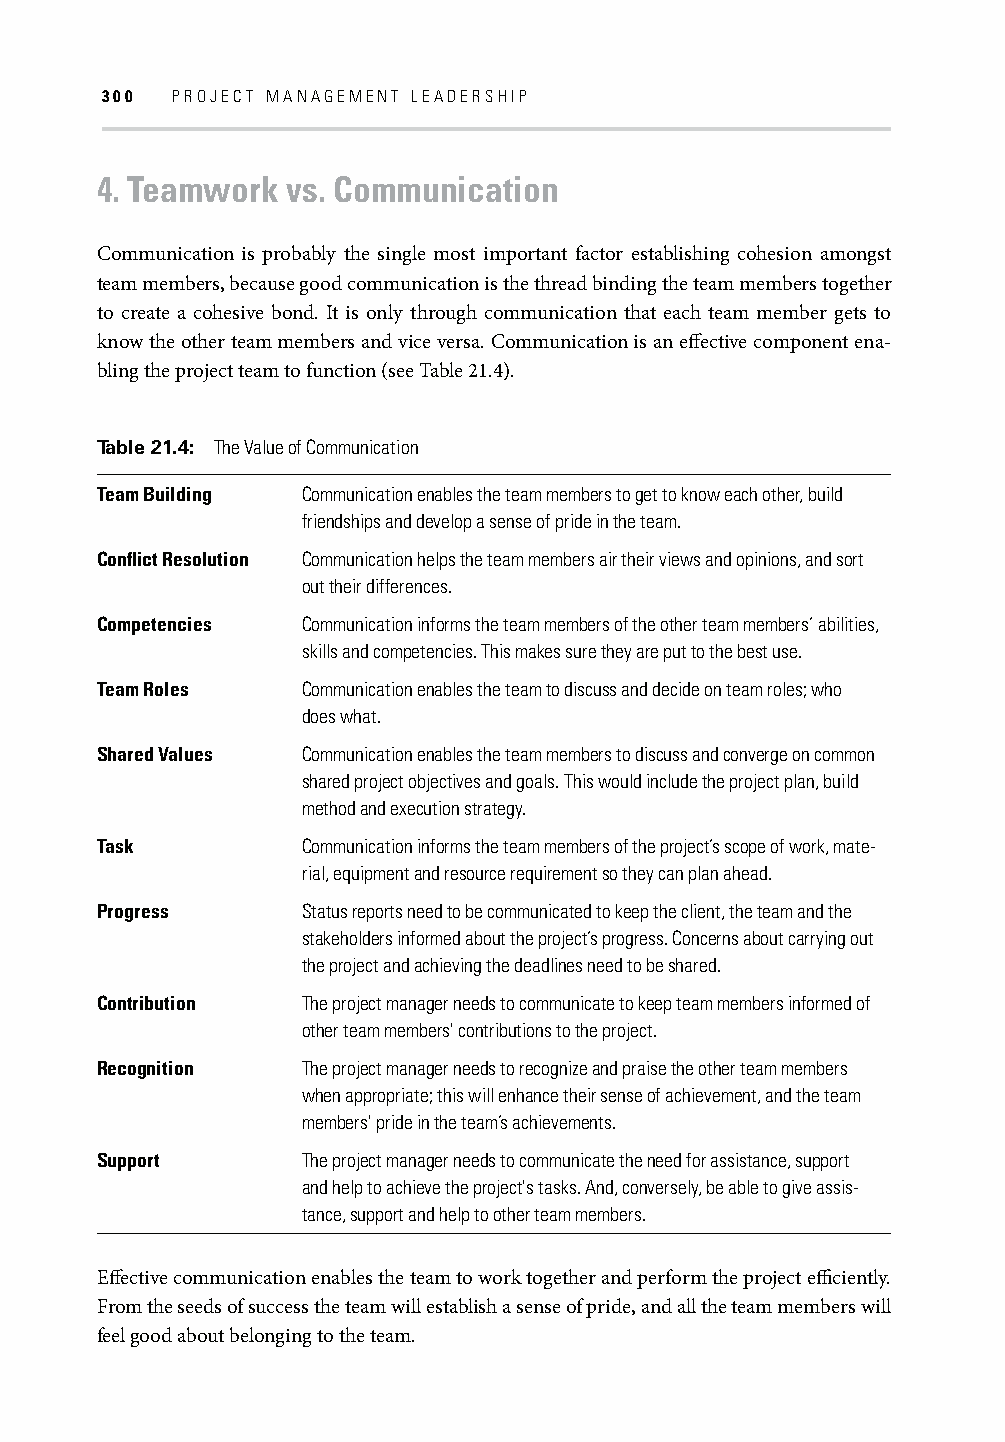
300 PROJECT MANAGEMENT LEADERSHIP
 4. Teamwork  vs. Communication
 Communication is probably the single most important factor establishing cohesion amongst
 team members, because good communication is the thread binding the team members together
 to create a cohesive bond. It is only through communication that each team member gets to
 know the other team members and vice versa. Communication is an eff ective component ena-
 bling the project team to function (see Table 21.4).
 Table 21.4: The Value of Communication
 Team Building Communication enables the team members to get to know each other, build
 friendships and develop a sense of pride in the team.
 Confl ict Resolution Communication helps the team members air their views and opinions, and sort
 out their differences.
 Competencies  Communication informs the team members of the other team members’ abilities,
 skills and competencies. This makes sure they are put to the best use.
 Team Roles    Communication enables the team to discuss and decide on team roles; who
 does what.
 Shared Values Communication enables the team members to discuss and converge on common
 shared project objectives and goals. This would include the project plan, build
 method and execution strategy.
 Task          Communication informs the team members of the project’s scope of work, mate-
 rial, equipment and resource requirement so they can plan ahead.
 Progress      Status reports need to be communicated to keep the client, the team and the
 stakeholders informed about the project’s progress. Concerns about carrying out
 the project and achieving the deadlines need to be shared.
 Contribution  The project manager needs to communicate to keep team members informed of
 other team members' contributions to the project.
 Recognition   The project manager needs to recognize and praise the other team members
 when appropriate; this will enhance their sense of achievement, and the team
 members' pride in the team’s achievements.
 Support       The project manager needs to communicate the need for assistance, support
 and help to achieve the project's tasks. And, conversely, be able to give assis-
 tance, support and help to other team members.
 Eff ective communication enables the team to work together and perform the project effi ciently.
 From the seeds of success the team will establish a sense of pride, and all the team members will
 feel good about belonging to the team.